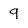
Character: 9